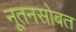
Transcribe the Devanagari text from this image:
नूतनसोबत